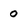
Character: 0